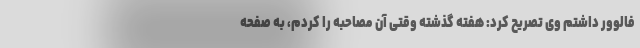
فالوور داشتم وی تصریح کرد: هفته گذشته وقتی آن مصاحبه را کردم، به صفحه